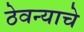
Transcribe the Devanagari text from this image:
ठेवन्याचे